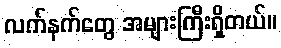
လက်နက်တွေ အများကြီးရှိတယ်။